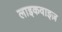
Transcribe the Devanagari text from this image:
लाइकवाइज़